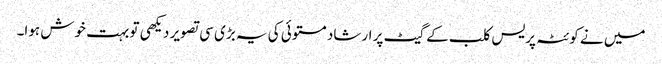
میں نے کوئٹہ پریس کلب کے گیٹ پر ارشاد مستوئی کی یہ بڑی سی تصویر دیکھی تو بہت خوش ہوا۔